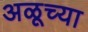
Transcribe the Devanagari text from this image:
अळूच्या